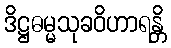
ဒိဋ္ဌဓမ္မသုခဝိဟာရန္တိ